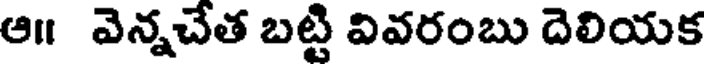
ఆ॥ వెన్నచేత బట్టి వివరంబు దెలియక